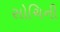
સોચિની